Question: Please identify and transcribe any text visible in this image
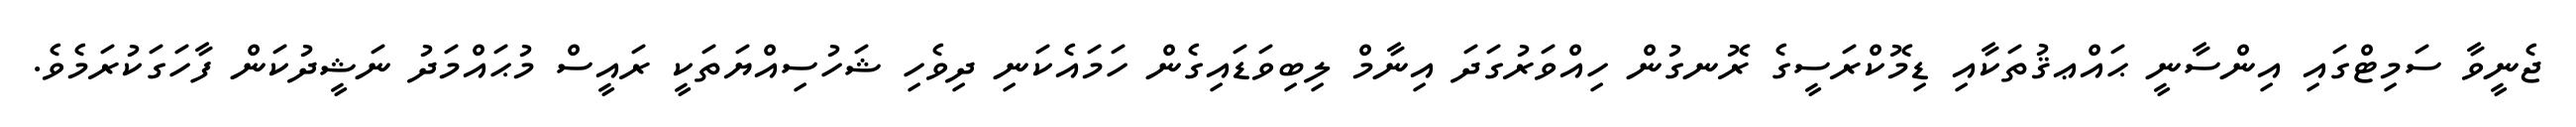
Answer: ޖެނީވާ ސަމިޓްގައި އިންސާނީ ޙައްޢޤުތަކާއި ޑިމޮކްރަސީގެ ރޮނގުން ހިއްވަރުގަދަ އިނާމް ލިބިވަޑައިގެން ހަމައެކަނި ދިވެހި ޝަހުސިއްޔަތަކީ ރައީސް މުޙައްމަދު ނަޝީދުކަން ފާހަގަކުރަމެވެ.